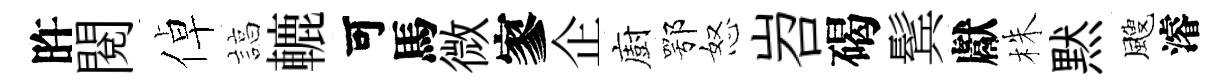
旿閲倬諄轆可馬微寥企廚鄂怒岧碣鬂獻株黙颼濬